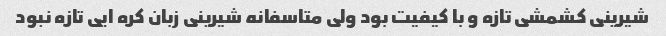
شیرینی کشمشی تازه و با کیفیت بود ولی متاسفانه شیرینی زبان کره ایی تازه نبود